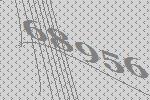
68956